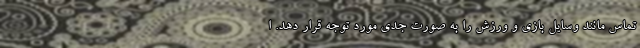
تماس مانند وسایل بازی و ورزش را به صورت جدی مورد توجه قرار دهد. ا